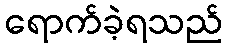
ရောက်ခဲ့ရသည်